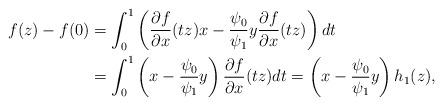
LaTeX: \begin{align*}f(z)-f(0) &= \int_{0}^1 \left( \frac{\partial f }{\partial x}(tz) x - \frac{ \psi_0}{\psi_1} y \frac{\partial f}{\partial x } (tz) \right) dt \\ & = \int_{0}^1 \left( x - \frac{ \psi_0}{\psi_1} y \right) \frac{\partial f }{\partial x}(tz) dt = \left( x - \frac{ \psi_0}{\psi_1} y \right) h_1(z),\\ \end{align*}